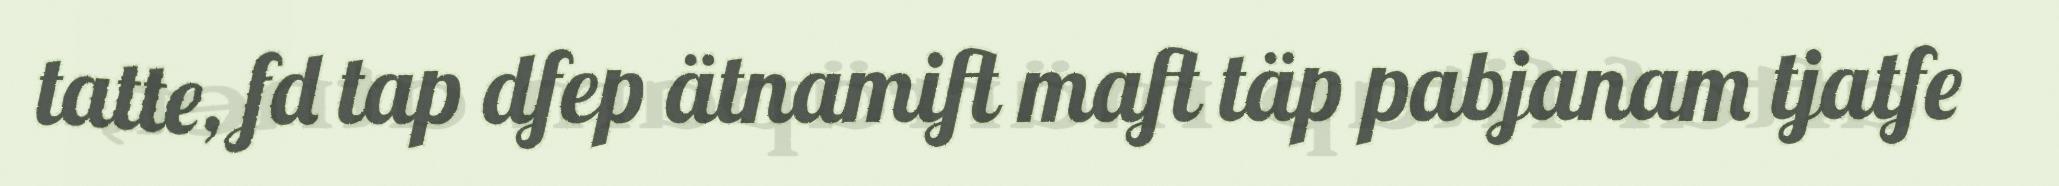
tatte, fd tap dfep ätnamift maft täp pabjanam tjatfe